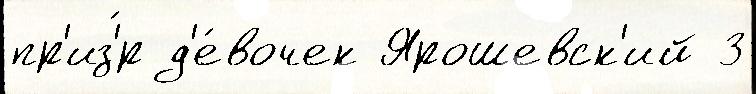
пр'из'́р д'е́вочек Ярошевск'ий 3